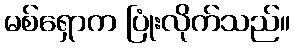
မစ်ရှောက ပြုံးလိုက်သည်။